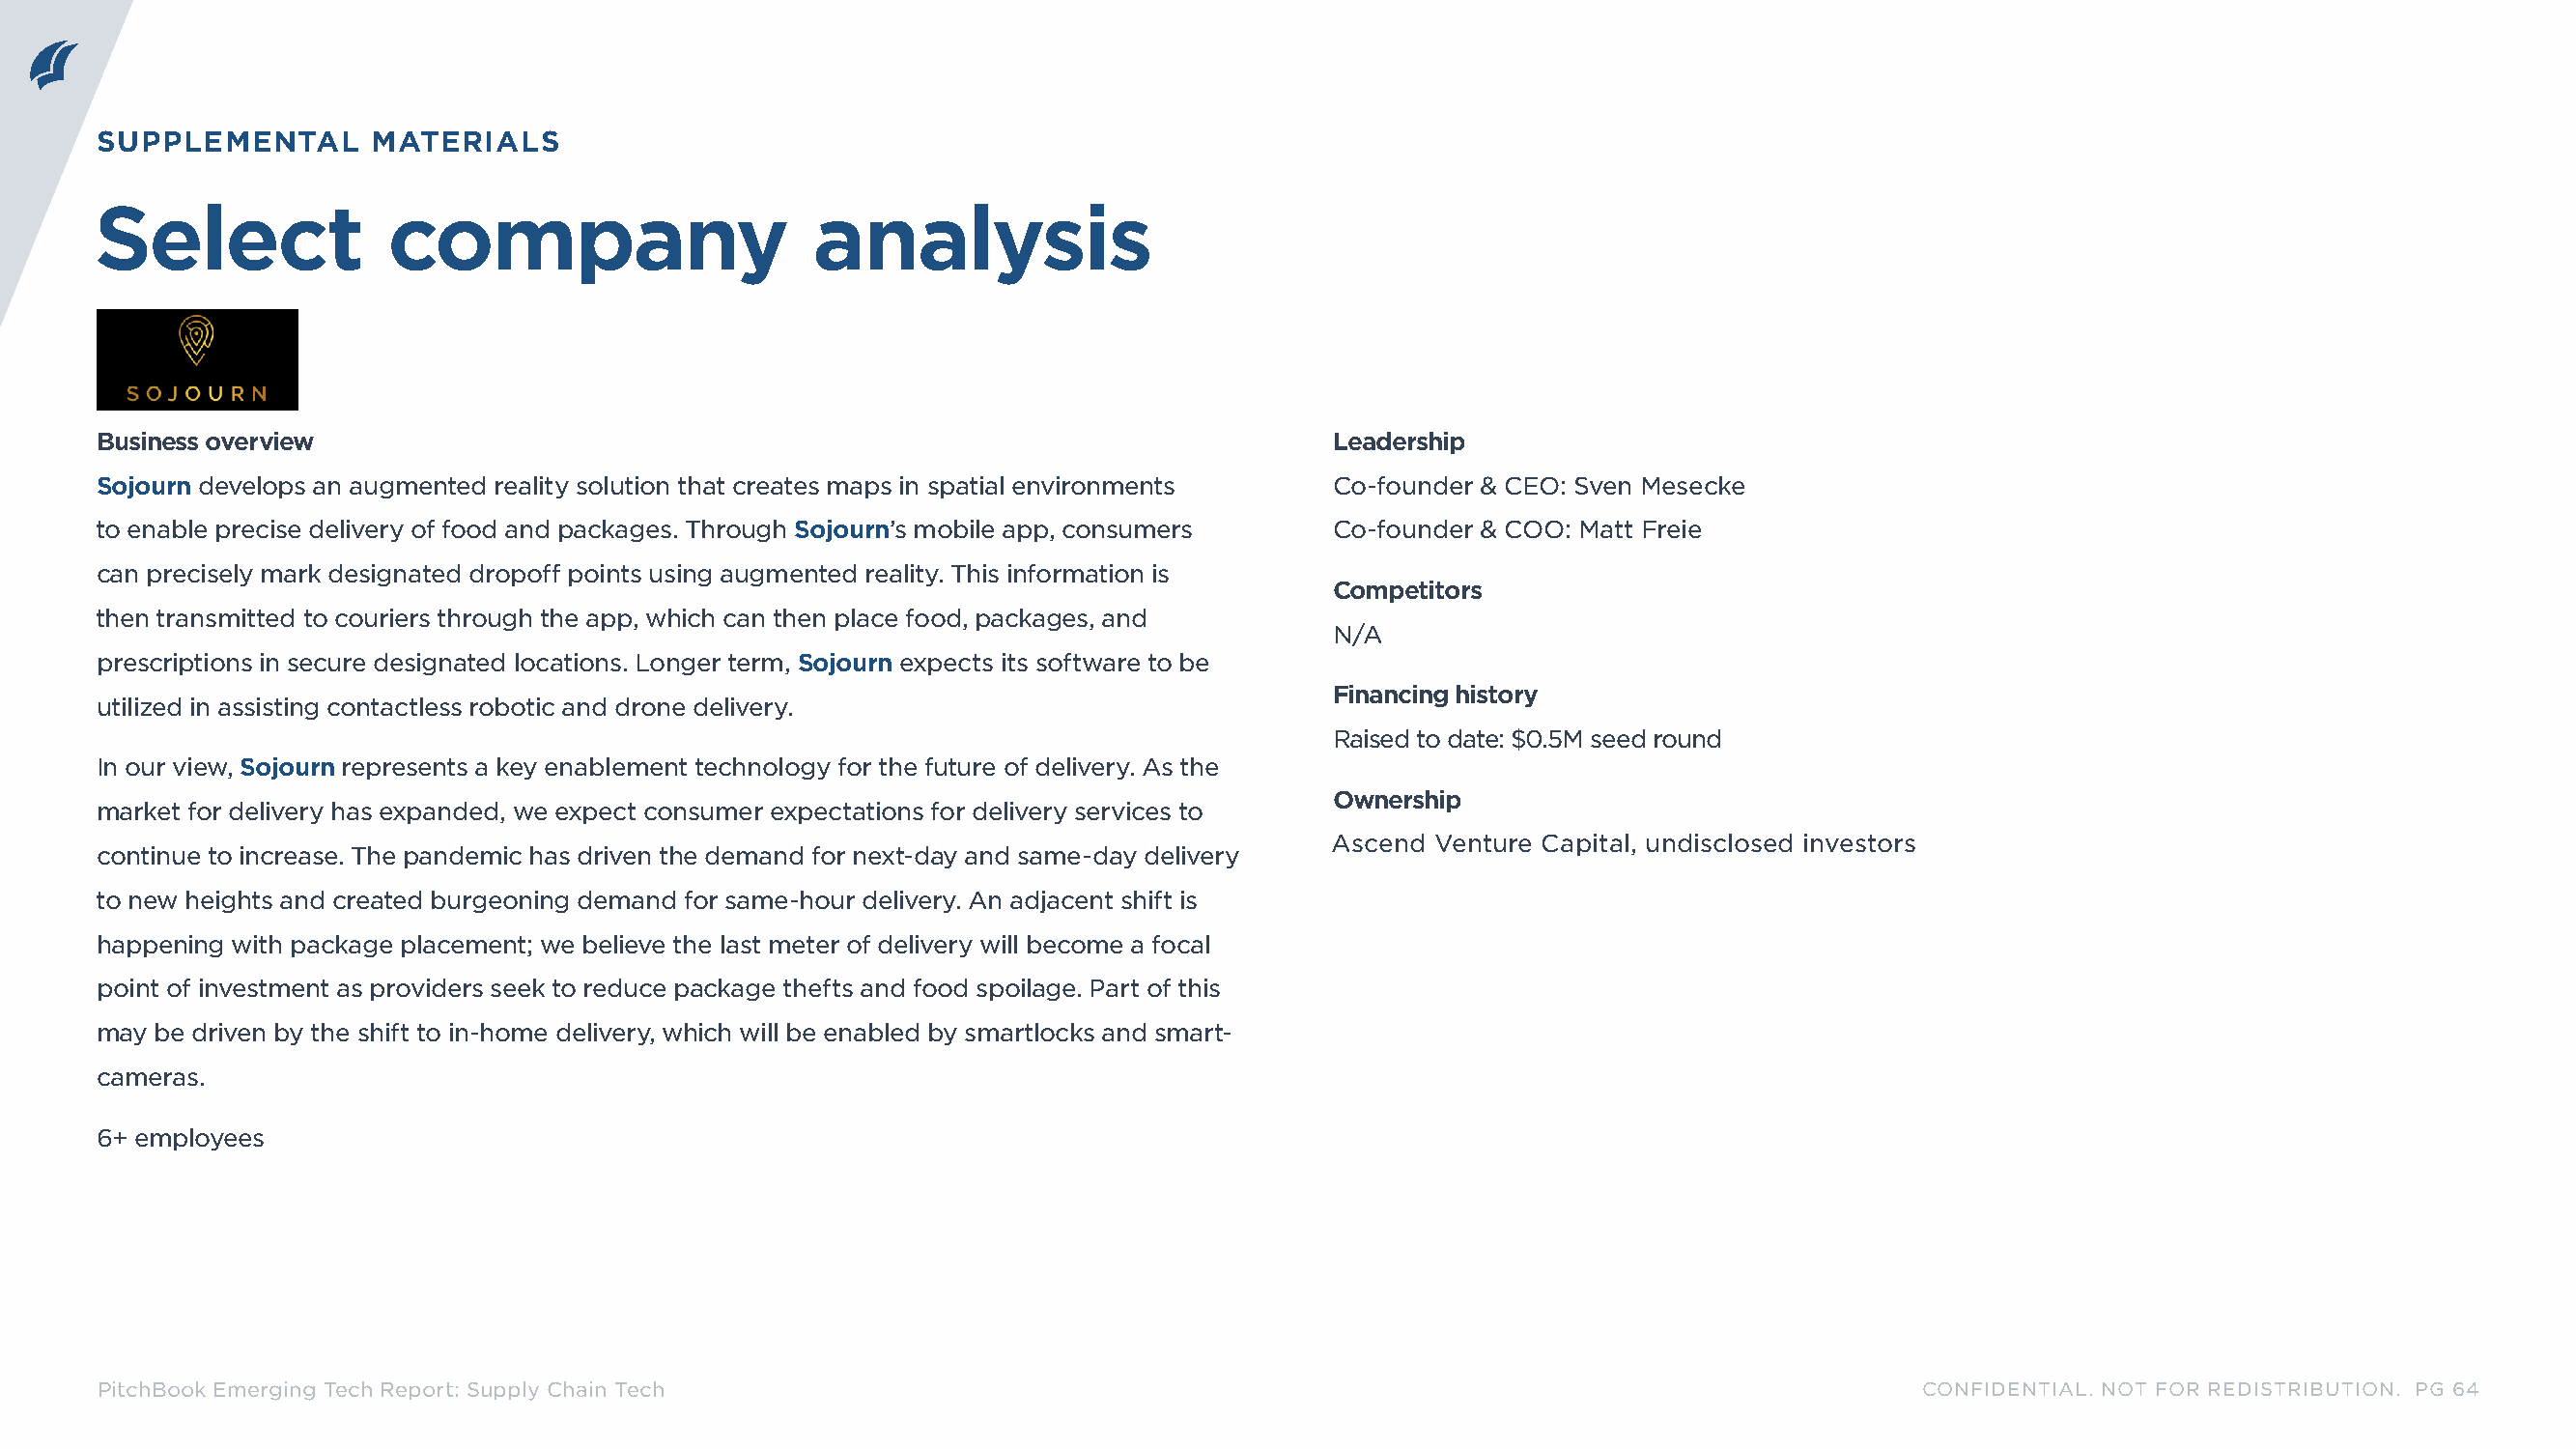
SUPPLEMENTAL      MATERIALS
 Select               company                      analysis
 Business overview                                                                   Leadership
 Sojourn develops an augmented reality solution that creates maps in spatial environments Co-founder & CEO: Sven Mesecke
 to enable precise delivery of food and packages. Through Sojourn’s mobile app, consumers Co-founder & COO: Matt Freie
 can precisely mark designated dropoff points using augmented reality. This information is
 Competitors
 then transmitted to couriers through the app, which can then place food, packages, and
 N/A
 prescriptions in secure designated locations. Longer term, Sojourn expects its software to be
 Financing history
 utilized in assisting contactless robotic and drone delivery.
 Raised to date: $0.5M seed round
 In our view, Sojourn represents a key enablement technology for the future of delivery. As the
 Ownership
 market for delivery has expanded, we expect consumer expectations for delivery services to
 Ascend Venture Capital, undisclosed investors
 continue to increase. The pandemic has driven the demand for next-day and same-day delivery
 to new heights and created burgeoning demand for same-hour delivery. An adjacent shift is
 happening with package placement; we believe the last meter of delivery will become a focal
 point of investment as providers seek to reduce package thefts and food spoilage. Part of this
 may be driven by the shift to in-home delivery, which will be enabled by smartlocks and smart-
 cameras.
 6+ employees
 PitchBook Emerging Tech Report: Supply Chain Tech                                                                            CONFIDENTIAL. NOT FOR REDISTRIBUTION. PG 64